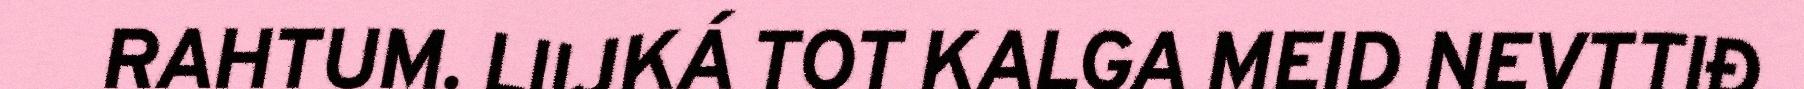
RAHTUM. LIIJKÁ TOT KALGA MEID NEVTTIĐ